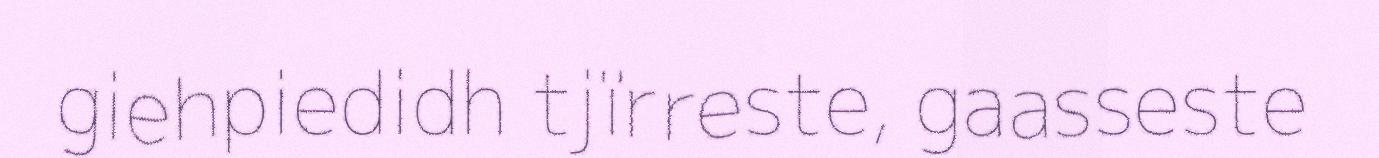
giehpiedidh tjïrreste, gaasseste